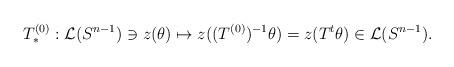
LaTeX: \begin{align*}T^{(0)}_* : \mathcal{L}(S^{n-1}) \ni z(\theta) \mapsto z((T^{(0)})^{-1} \theta) = z(T^t \theta) \in \mathcal{L}(S^{n-1}) .\end{align*}